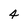
Character: 4